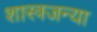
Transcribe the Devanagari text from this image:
शास्त्रजन्या